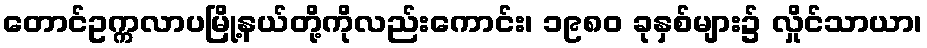
တောင်ဥက္ကလာပမြို့နယ်တို့ကိုလည်းကောင်း၊ ၁၉၈၀ ခုနှစ်များ၌ လှိုင်သာယာ၊